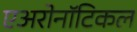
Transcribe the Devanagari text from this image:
एअरोनॉटिकल